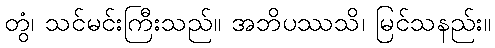
တွံ၊ သင်မင်းကြီးသည်။ အဘိပဿသိ၊ မြင်သနည်း။